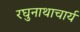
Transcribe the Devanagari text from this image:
रघुनाथाचार्य